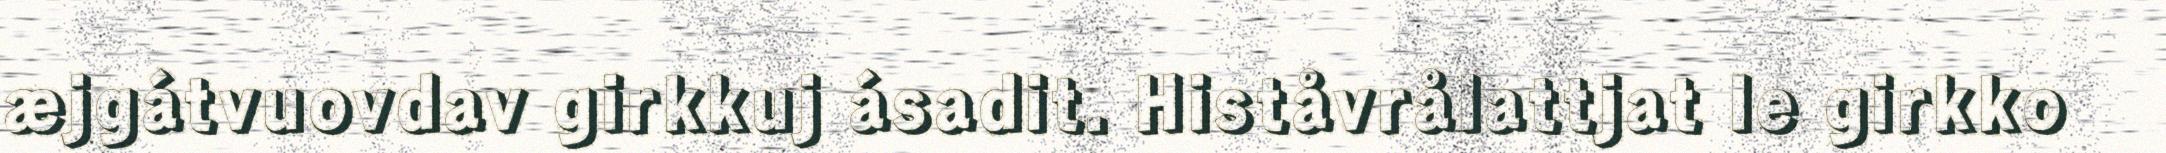
æjgátvuovdav girkkuj ásadit. Histåvrålattjat le girkko